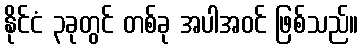
နိုင်ငံ ၃ခုတွင် တစ်ခု အပါအဝင် ဖြစ်သည်။